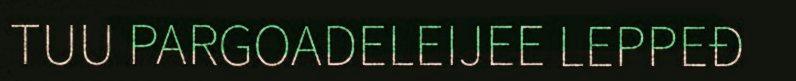
TUU PARGOADELEIJEE LEPPEĐ